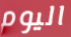
اليوم